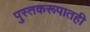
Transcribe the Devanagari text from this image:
पुस्तकरूपातही